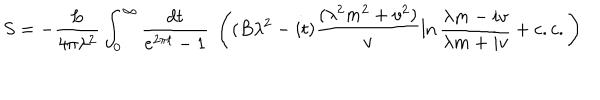
S = - \frac { L } { 4 \pi \lambda ^ { 2 } } \int _ { 0 } ^ { \infty } \frac { d t } { e ^ { 2 \pi t } - 1 } ~ \left( ( B \lambda ^ { 2 } - i t ) \frac { ( \lambda ^ { 2 } m ^ { 2 } + v ^ { 2 } ) } { v } \ln \frac { \lambda m - i v } { \lambda m + i v } + c . c . \right)